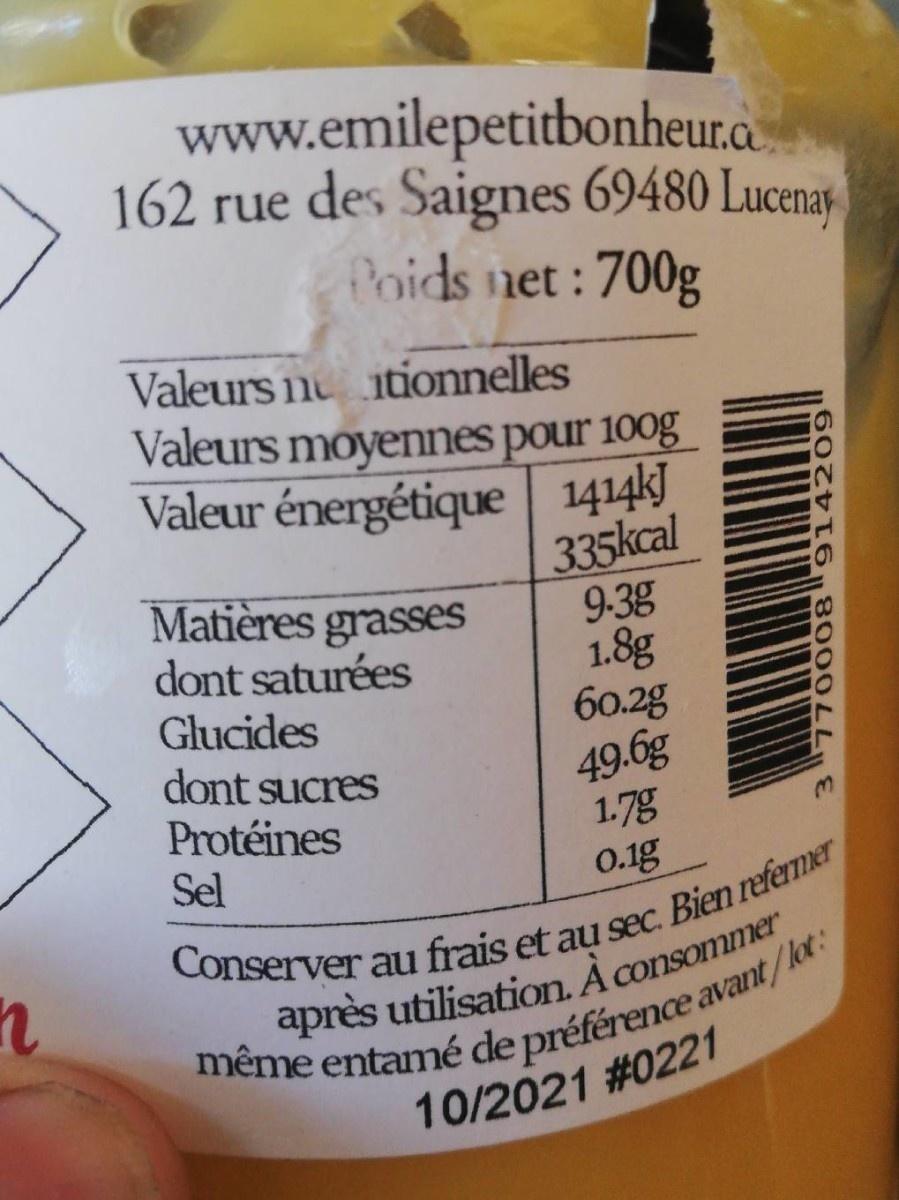
www.emilepetitbonheur.a. 162 rue des Saignes 69480 Lucenay.
Poids net : 700g
Valeurs n itionnelles Valeurs moyennes pour 100g Valeur énergétique 1414k]
Matières grasses dont saturées Glucides dont sucres Protéines Sel
335kcal 9-3g 1.8g 60.2g
49.6g 1.7g 0.1g
10/2021 #0221